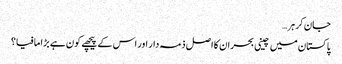
جان کر ہر…
پاکستان میں چینی بحران کا اصل ذمہ دار اور اس کے پیچھے کون ہے بڑا مافیا؟